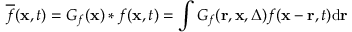
\overline { { f } } ( \mathbf { x } , t ) = G _ { f } ( \mathbf { x } ) * f ( \mathbf { x } , t ) = \int G _ { f } ( \mathbf { r } , \mathbf { x } , \Delta ) f ( \mathbf { x } - \mathbf { r } , t ) \mathrm { d } \mathbf { r }